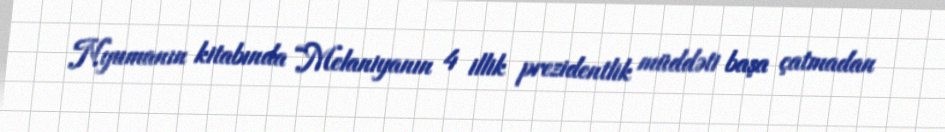
Nyumanın kitabında “Melaniyanın 4 illik prezidentlik müddəti başa çatmadan